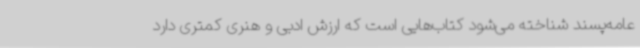
عامه‌پسند شناخته می‌شود کتاب‌هایی است که ارزش ادبی و هنری کمتری دارد